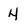
Character: 4